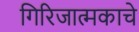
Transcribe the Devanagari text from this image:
गिरिजात्मकाचे